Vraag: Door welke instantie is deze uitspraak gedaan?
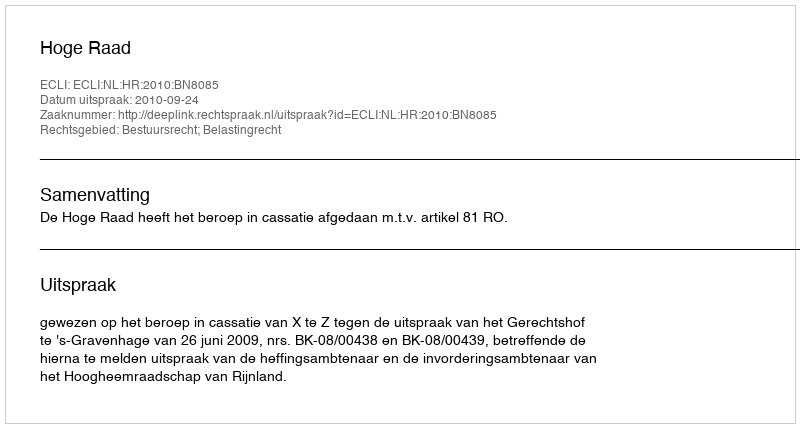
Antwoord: Hoge Raad